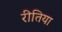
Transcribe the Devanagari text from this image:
रीतिया